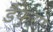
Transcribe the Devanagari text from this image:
डैफुगो